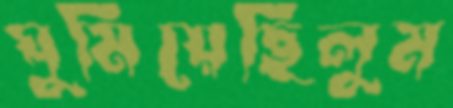
ঘুমিয়েছিলুম